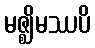
မဇ္ဈိမဿပိ